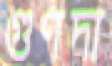
গুণদা